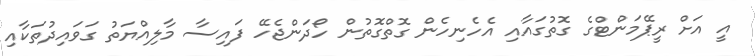
އީ އަށް ރީޕޭމަންޓްގެ ގޮތުގައާއި އެހެނިހެން ގޮތްގޮތުން ހޯދަންޖެހޭ ފައިސާ މާލިއްޔަތު ގަވައިދުތަކާއި